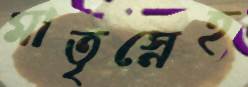
মাতৃস্নেহ